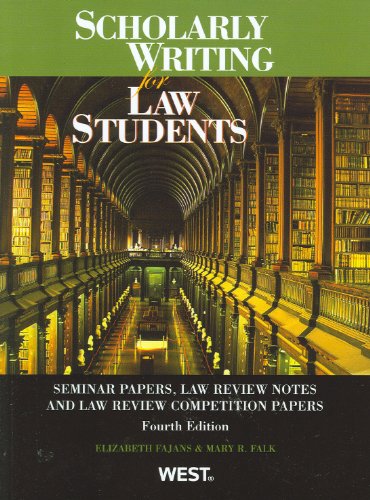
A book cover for Scholarly Writing for Law Students, Seminar Papers, Law Review Notes and Law Review Competition Papers (American Casebook Series); Elizabeth Fajans; Law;